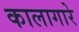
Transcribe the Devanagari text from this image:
कालागारे